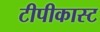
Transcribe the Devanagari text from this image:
टीपीकास्ट